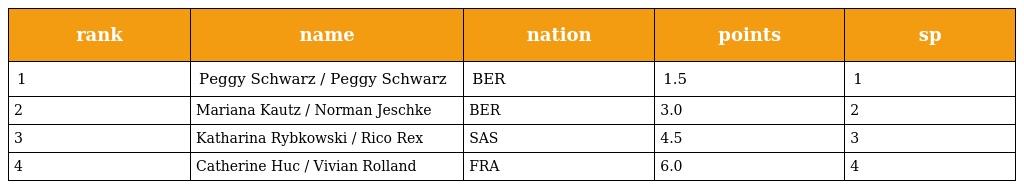
| rank | name | nation | points | sp |
 | --- | --- | --- | --- | --- |
 | 1 | Peggy Schwarz / Peggy Schwarz | BER | 1.5 | 1 |
 | 2 | Mariana Kautz / Norman Jeschke | BER | 3.0 | 2 |
 | 3 | Katharina Rybkowski / Rico Rex | SAS | 4.5 | 3 |
 | 4 | Catherine Huc / Vivian Rolland | FRA | 6.0 | 4 |